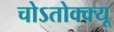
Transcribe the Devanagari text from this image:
चोऽतोक्क्यू